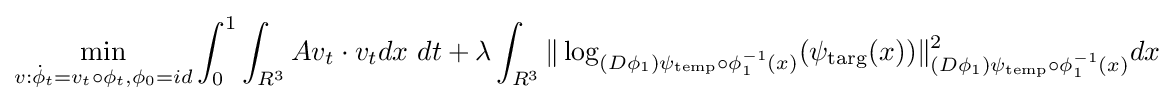
{\begin{aligned}\min _{v:{\dot {\phi }}_{t}=v_{t}\circ \phi _{t},\phi _{0}={id}}\int _{0}^{1}\int _{R^{3}}Av_{t}\cdot v_{t}dx\ dt+\lambda \int _{R^{3}}\|\log _{(D\phi _{1})\psi _{\mathrm {temp} }\circ \phi _{1}^{-1}(x)}(\psi _{\mathrm {targ} }(x))\|_{(D\phi _{1})\psi _{\mathrm {temp} }\circ \phi _{1}^{-1}(x)}^{2}dx\end{aligned}}